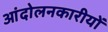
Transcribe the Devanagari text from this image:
आंदोलनकारीयों